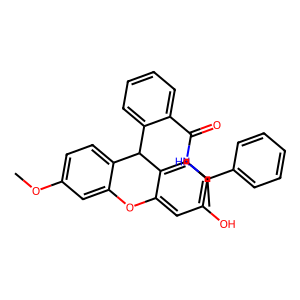
SMILES: COc1ccc2c(c1)Oc1cc(O)ccc1C2c1ccccc1C(=O)NC(C)c1ccccc1
Inhibits HIV replication: No